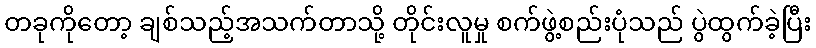
တခုကိုတော့ ချစ်သည့်အသက်တာသို့ တိုင်းလူမှု စက်ဖွဲ့စည်းပုံသည် ပွဲထွက်ခဲ့ပြီး